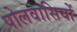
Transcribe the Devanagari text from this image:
पोलवासियों